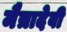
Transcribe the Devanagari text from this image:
मैत्रादेवी